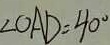
\angle O A D = 4 0 ^ { \circ }